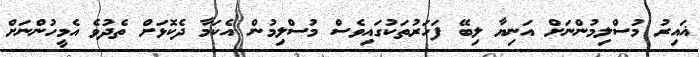
ޣައިރު މުސްލިމުންނަށް އަނިޔާ ލިބޭ ފަހަރުތަކުގައިވެސް މުސްލިމުން އެކަމާ ދެކޮޅަށް ތެދުވެ އެމީހުންނަށް